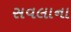
સવલાના